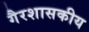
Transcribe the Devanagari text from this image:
गैरशासकीय